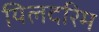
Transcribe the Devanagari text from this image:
यिलदरिम